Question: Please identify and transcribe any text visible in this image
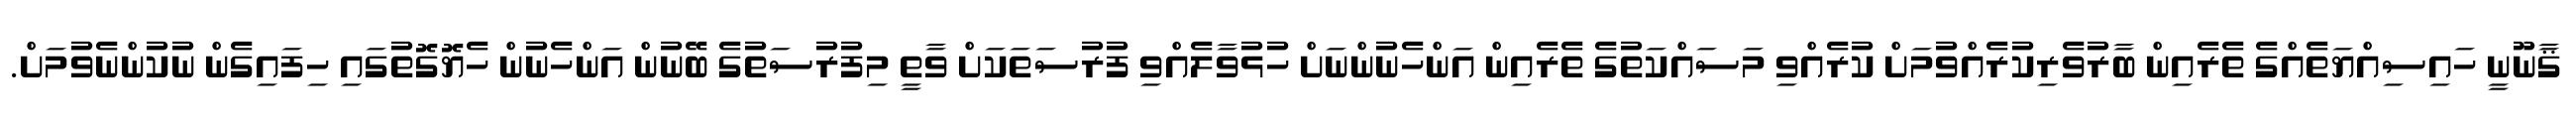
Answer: ޤާނޫނީ ހައިސިއްޔަތެއްގެ ތެރެއިން ބާރުވެރިކުރެއްވުމަށް ކުރެއްވި މަސައްކަތުގެ ތެރެއިން އަންހެނުންނަށް ހުޅުވާލެއްވި ފުރުސަތަކަށް ވާތީ މިފުރުސަތުގެ ބޭނުން އަންހެނުން ހެޔޮގޮތުގައި ހިފައިގެން ނުކުންނެވުމަށް.